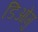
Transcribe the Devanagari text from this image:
डिओगु